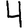
Digit: 4